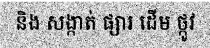
និង សង្កាត់ ផ្សារ ដើម ថ្កូវ